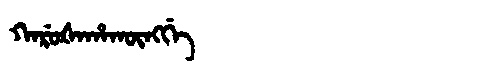
Manchu: ᡴᠠᡵᡠᡧᠠᡥᠠᡴᡡᠩᡤᡝ
Romanization: KARUŠAHAKŪNGGE